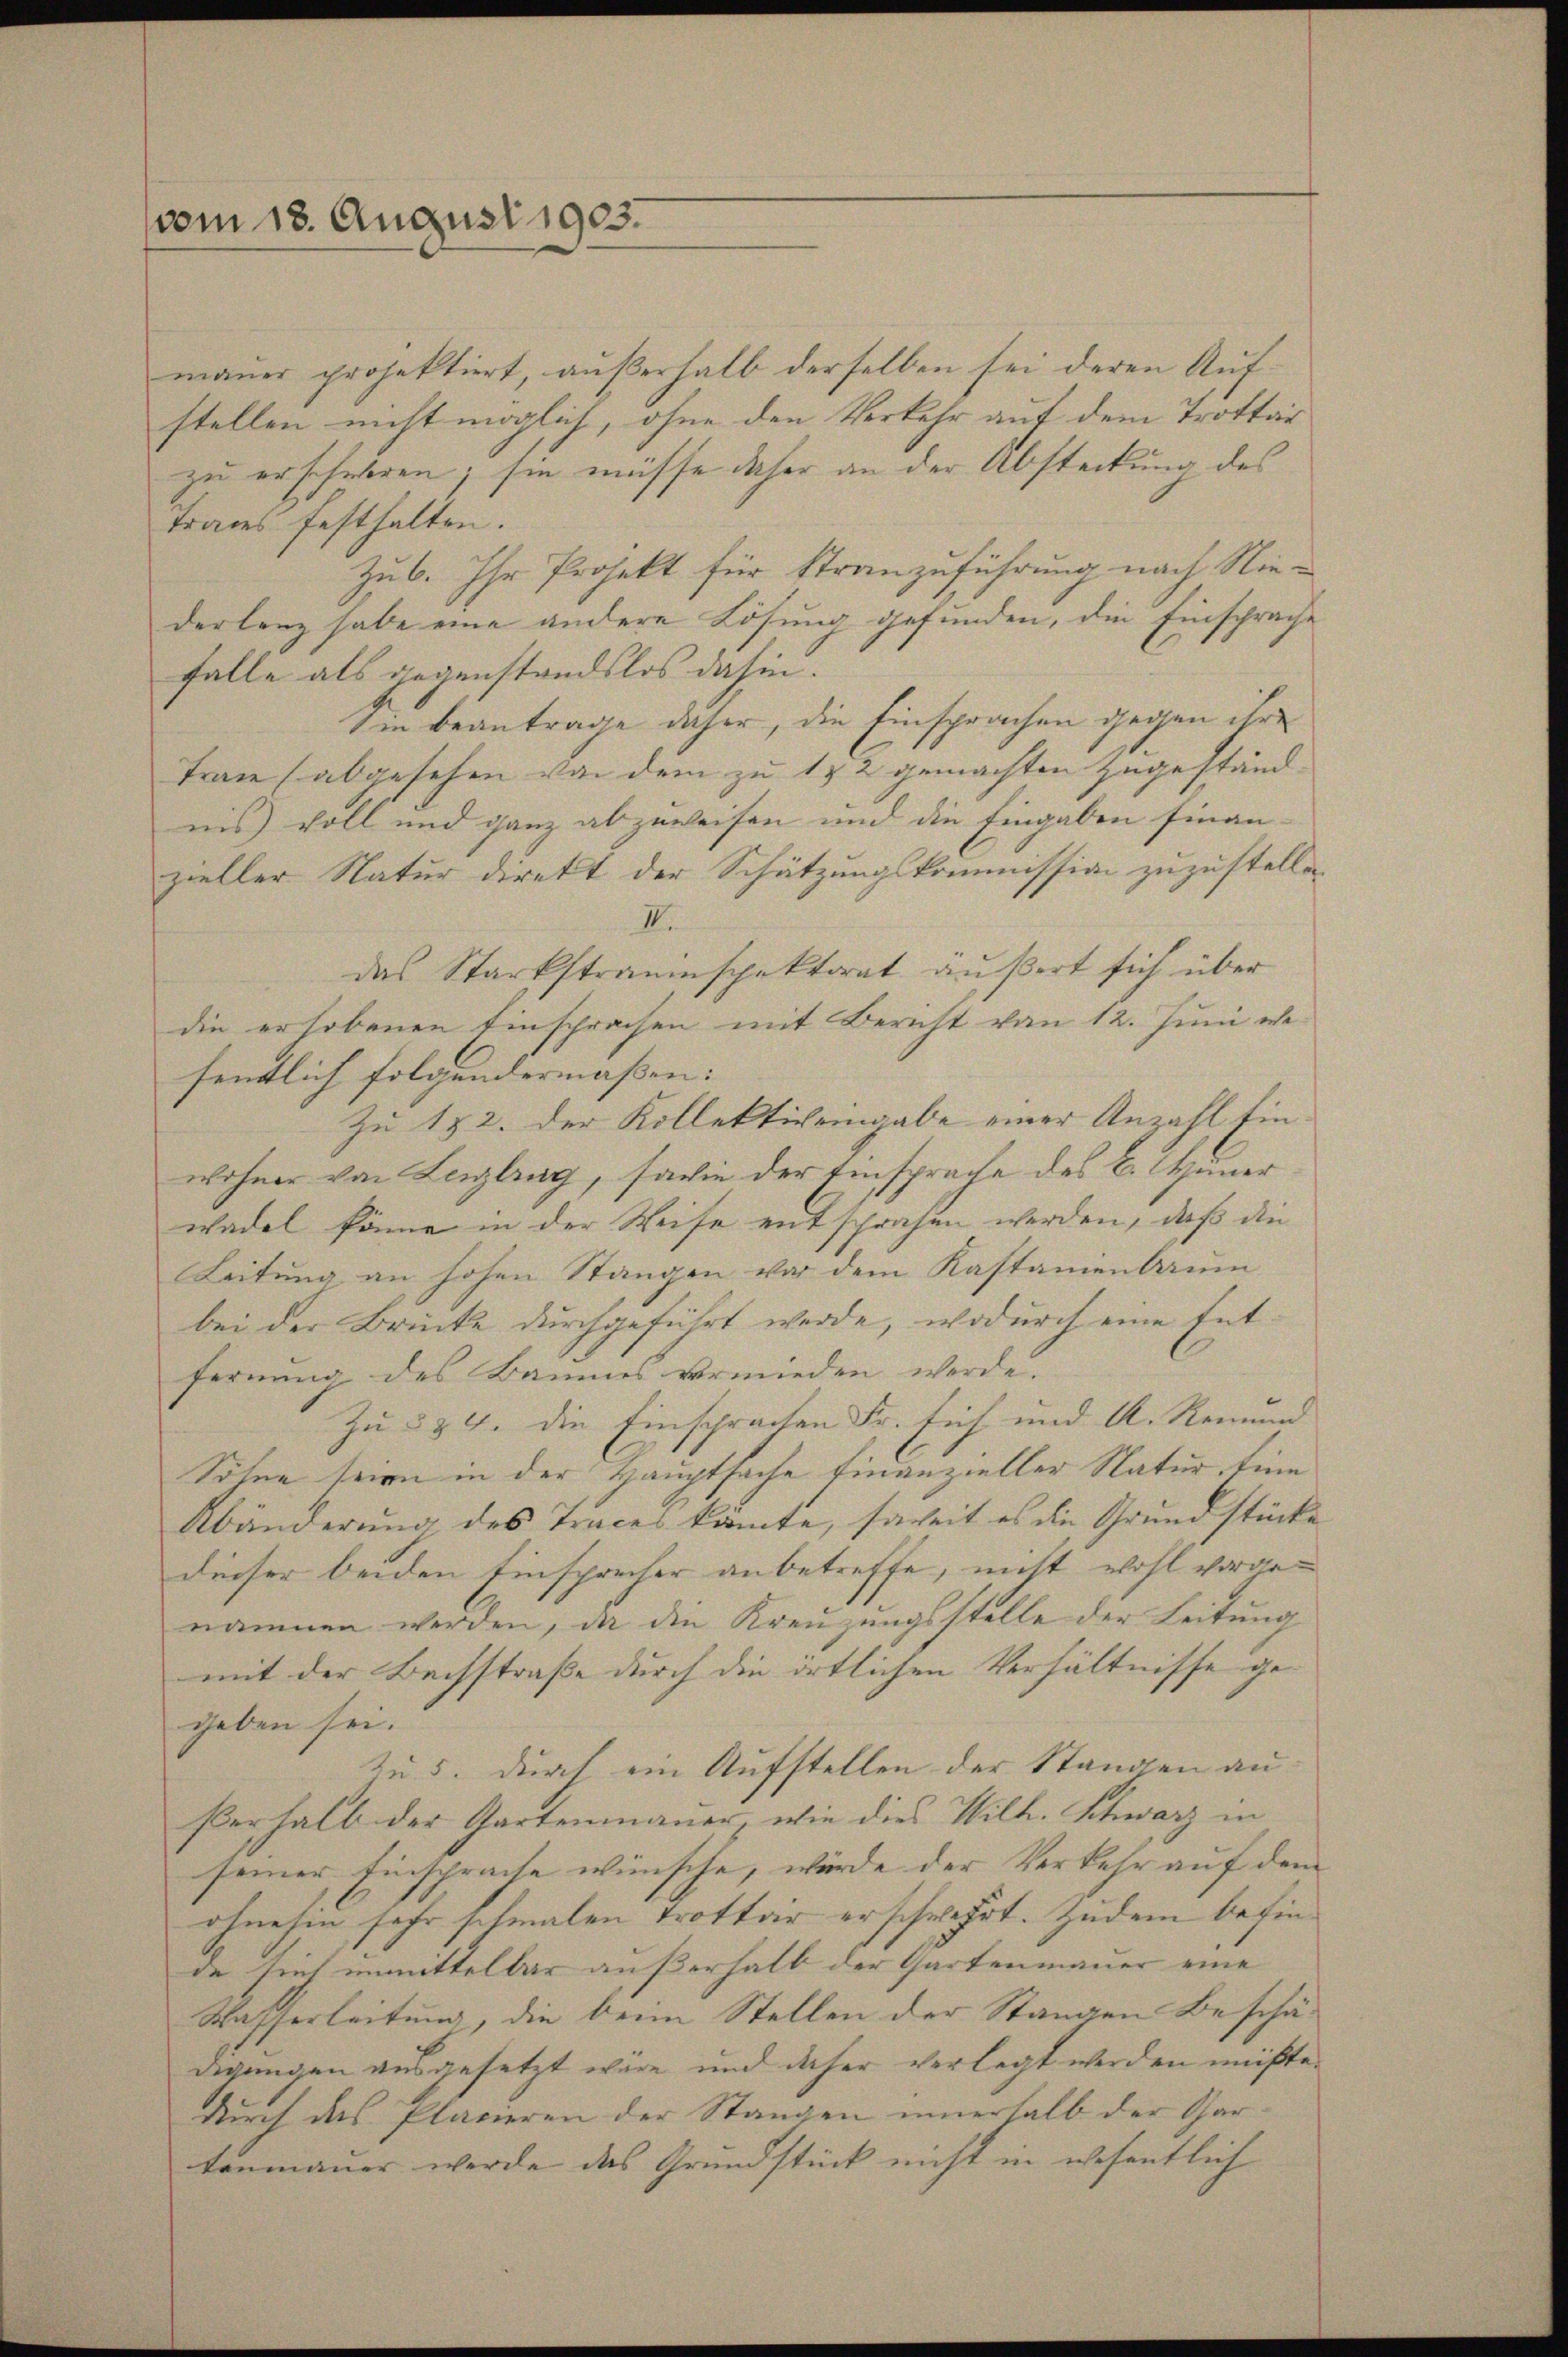
vom 18. August 1903.

mauer projektiert, außerhalb derselben sei deren Aufstellen nicht möglich, ohne den Verkehr auf dem Trottar
zu erschehren; sie müsse daher an der Absteckung des
Traus festhalten.
Zub. Ihr Projekt für Stranzuführung nach Niederlenz habe eine andere Lösung gefunden, die Einsprache
falle als gegenstandslos dahin.
Sin beantrage daher, die Einsprachen gegen ihre
Trau (abgesehen von dem zu 1 & 2 gemachten Zugeständnis voll und ganz abzuweisen und die Eingaben finan-
zieller Natur direkt der Schätzungskommission zuzustelle
IV.
das Starkstraumspektorat äußert sich über
die erhobenen Einsprachen mit Bericht von 12. Juni wefentlich folgendermaßen:
Zu 182. Der Kollektivenabe einer Anzahl Einwohner von Lenzlrug, sowie der Einsprache des C. Weiner
wadel könne in der Weise entsprachen werden, daß die
Leitung an hohen Stangen vor dem Kastamenbaum
bei der Brücke durchgeführt werde, wodurch eine Entfernung des Baumes vermieden werde.
Zu § 24. die Einsprachen Fr. sich und A. Remand
Söhne seien in der Hauptsache finanzieller Natur, eine
Abänderung des Traces könnte, soweit es die Grundstück
dieser beiden Einsprecher anbetreffe, nicht wohl vorgenommen werden, da die Kreuzungsstelle der Leitung
mit der Bachstraße durch die örtlichen Verhältnisse gegeben sei.
zu 5. durch ein Aufstellen der Standen au
ßerhalb der Gartenmauer, wie dies Wilh. Schwarz in
seiner Einsprache wünsche, würde der Verkehr auf den
ohnehin sehr schmalen Trottor erschwehrt. Zudem befinde sich unmittelbar außerhalb der Gartenmauer eine
Wasserleitung, die beim Stellen der Stangen Beschädigungen ausgesetzt wäre und daher verlegt werden müßte
durch das Placieren der Stangen innerhalb der Gartenmauer werde das Grundstück nicht in wesentlich

f
f
e